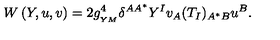
W \left( Y , u , v \right) = 2 g _ { _ { Y M } } ^ { 4 } \delta ^ { A A ^ { * } } Y ^ { I } v _ { A } ( T _ { I } ) _ { A ^ { * } B } u ^ { B } .